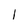
Character: I